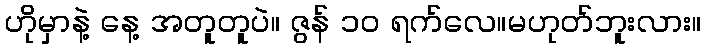
ဟိုမှာနဲ့ နေ့ အတူတူပဲ။ ဇွန် ၁၀ ရက်လေ။မဟုတ်ဘူးလား။